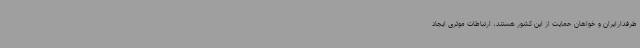
طرفدارایران و خواهان حمایت از این کشور هستند، ارتباطات موثری ایجاد